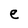
Character: e